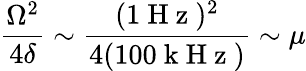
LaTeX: \frac{\Omega^{2}}{4\delta}\sim\frac{(1\mathrm{~H~z~})^{2}}{4(100\mathrm{~k~H~z~})}\sim\mu